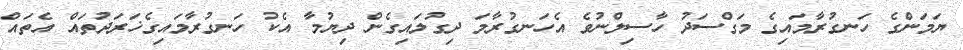
ޔަމަންގެ ހަނގުރާމައިގެ މަގްސަދު ހާސިލްނުވެ އެހަނގުރާމަ ދިގުލައިގެން ދިޔުމާ އެކު ހަނގުރާމައިގެޚަރަދުތައް އެތައް